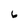
Character: 6